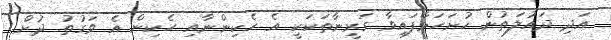
އަދި ދައުލަތުން ހުށަހަޅާފައިވާ ގަރީނާތަކަކީ އެ ހެކިންނާއި ހެކިން އެ ވަގުތު ދުށް